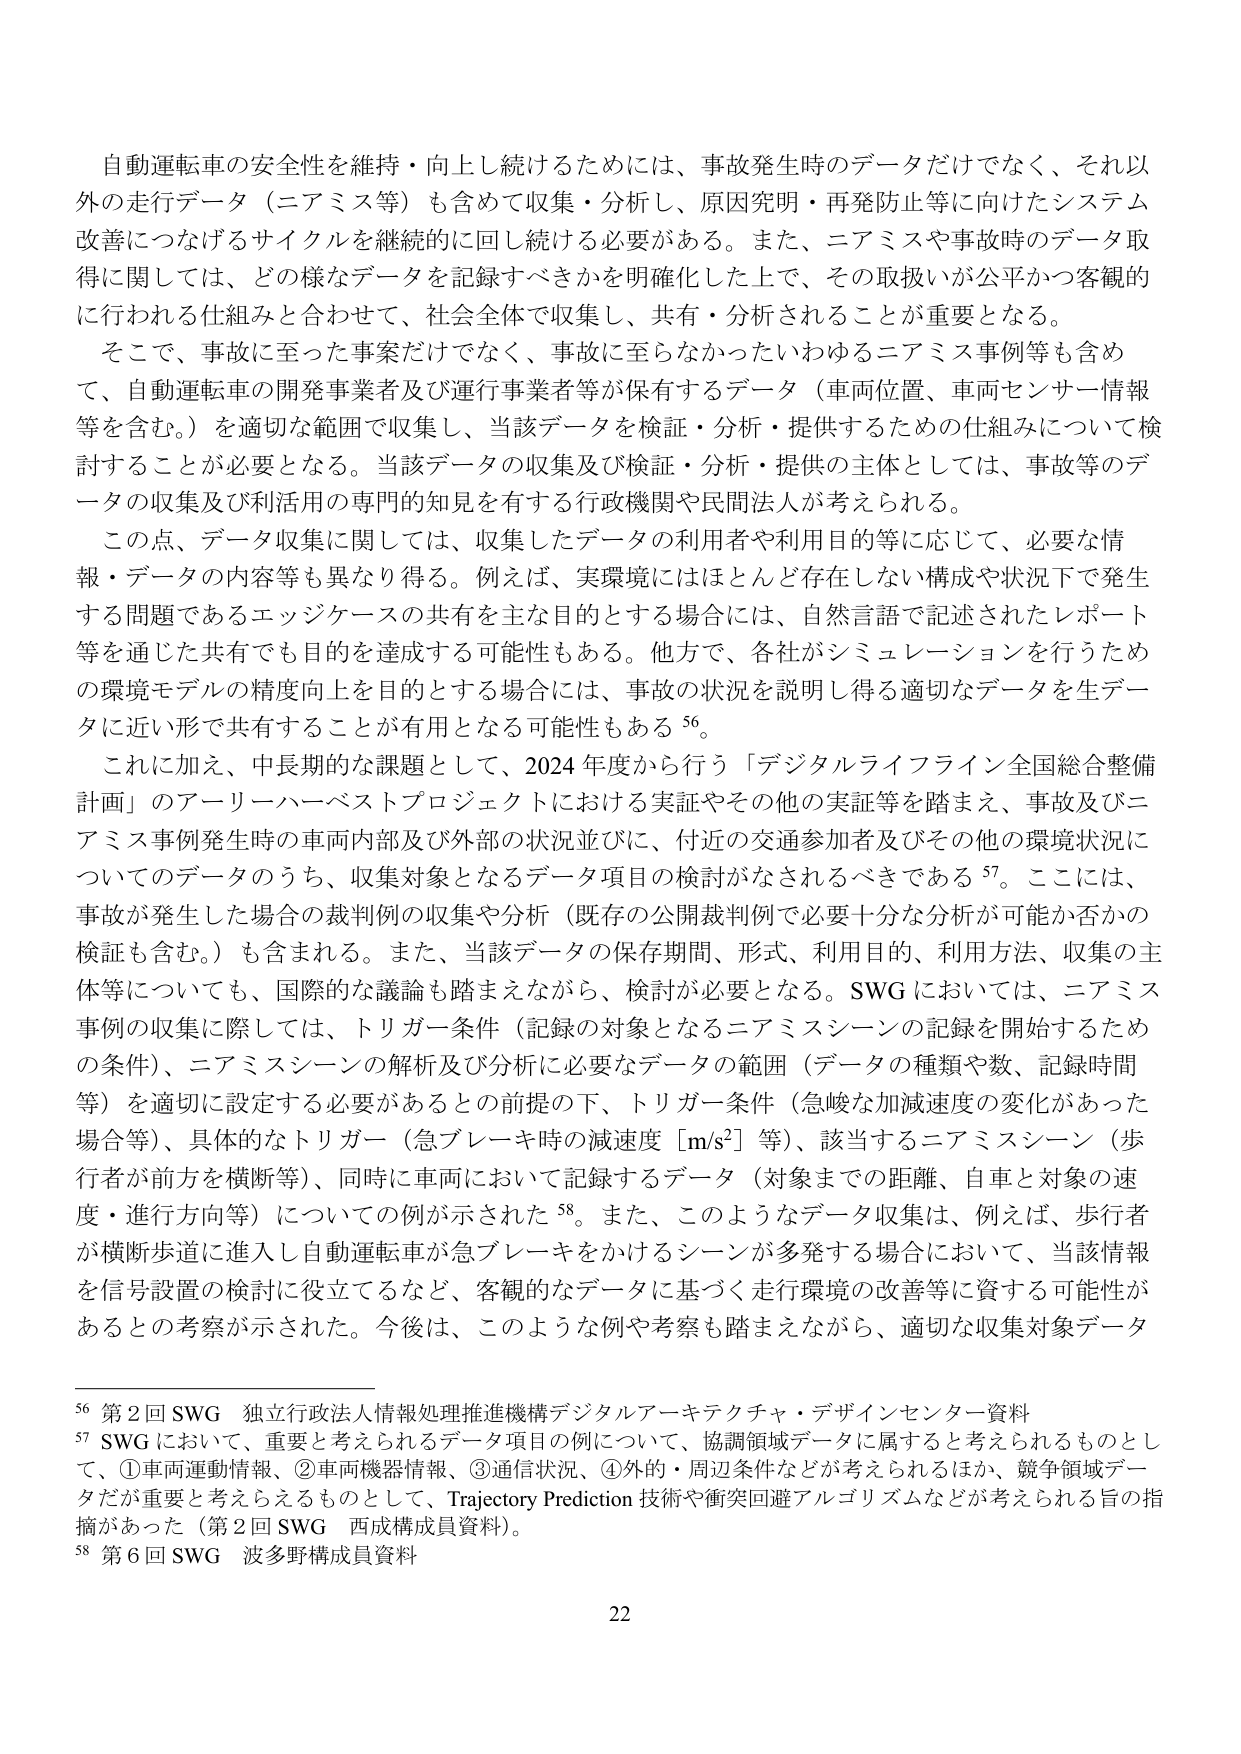
自動運転車の安全性を維持・向上し続けるためには、事故発生時のデータだけでなく、それ以外の走行データ（ニアミス等）も含めて収集・分析し、原因究明・再発防止等に向けたシステム改善につなげるサイクルを継続的に回し続ける必要がある。また、ニアミスや事故時のデータ取得に関しては、どの様なデータを記録すべきかを明確化した上で、その取扱いが公平かつ客観的に行われる仕組みと合わせて、社会全体で収集し、共有・分析されることが重要となる。

そこで、事故に至った事案だけでなく、事故に至らなかったいわゆるニアミス事例等も含めて、自動運転車の開発事業者及び運行事業者等が保有するデータ（車両位置、車両センサー情報等を含む。）を適切な範囲で収集し、当該データを検証・分析・提供するための仕組みについて検討することが必要となる。当該データの収集及び検証・分析・提供の主体としては、事故等のデータの収集及び利活用の専門的知見を有する行政機関や民間法人が考えられる。

この点、データ収集に関しては、収集したデータの利用者や利用目的等に応じて、必要な情報・データの内容等も異なり得る。例えば、実環境にはほとんど存在しない構成や状況下で発生する問題であるエッジケースの共有を主な目的とする場合には、自然言語で記述されたレポート等を通じた共有でも目的を達成する可能性もある。他方で、各社がシミュレーションを行うための環境モデルの精度向上を目的とする場合には、事故の状況を説明し得る適切なデータを生データに近い形で共有することが有用となる可能性もある 56。

これに加え、中長期的な課題として、2024年度から行う「デジタルライフライン全国総合整備計画」のアーリーハーベストプロジェクトにおける実証やその他の実証等を踏まえ、事故及びニアミス事例発生時の車両内部及び外部の状況並びに、付近の交通参加者及びその他の環境状況についてのデータのうち、収集対象となるデータ項目の検討がなされるべきである 57。ここには、事故が発生した場合の裁判例の収集や分析（既存の公開裁判例で必要十分な分析が可能か否かの検証も含む。）も含まれる。また、当該データの保存期間、形式、利用目的、利用方法、収集の主体等についても、国際的な議論も踏まえながら、検討が必要となる。SWGにおいては、ニアミス事例の収集に際しては、トリガー条件（記録の対象となるニアミスシーンの記録を開始するための条件）、ニアミスシーンの解析及び分析に必要なデータの範囲（データの種類や数、記録時間等）を適切に設定する必要があるとの前提の下、トリガー条件（急峻な加減速度の変化があった場合等）、具体的なトリガー（急ブレーキ時の減速度［m/s²］等）、該当するニアミスシーン（歩行者が前方を横断等）、同時に車両において記録するデータ（対象までの距離、自車と対象の速度・進行方向等）についての例が示された 58。また、このようなデータ収集は、例えば、歩行者が横断歩道に進入し自動運転車が急ブレーキをかけるシーンが多発する場合において、当該情報を信号設置の検討に役立てるなど、客観的なデータに基づく走行環境の改善等に資する可能性があるとの考察が示された。今後は、このような例や考察も踏まえながら、適切な収集対象データ

56 第2回SWG 独立行政法人情報処理推進機構デジタルアーキテクチャ・デザインセンター資料
57 SWGにおいて、重要と考えられるデータ項目の例について、協調領域データに属すると考えられるものとして、①車両運動情報、②車両機器情報、③通信状況、④外的・周辺条件などが考えられるほか、競争領域データが重要と考えられるものとして、Trajectory Prediction 技術や衝突回避アルゴリズムなどが考えられる旨の指摘があった（第2回SWG 西成構成員資料）。
58 第6回SWG 波多野構成員資料

22